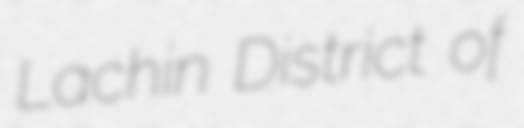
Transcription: Lachin District of